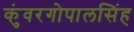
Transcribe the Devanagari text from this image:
कुंवरगोपालसिंह